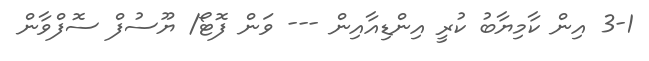
3-1 އިން ކާމިޔާބު ކުރީ އިންޑިއާއިން --- ވަން ފޮޓޯ/ ޔޫސުފް ސޮފްވާން